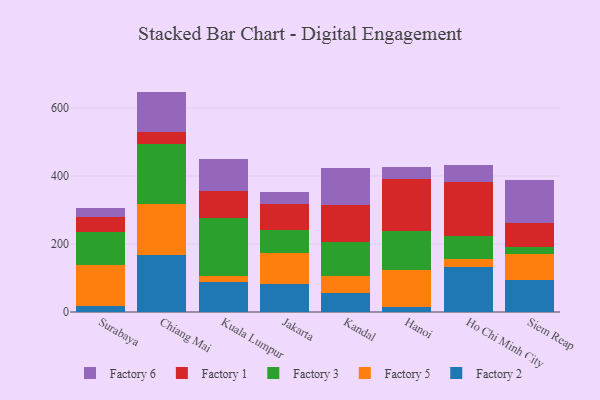
{"axis": {"x": "City", "y": "Headcount"}, "legend": ["Factory 1", "Factory 2", "Factory 3", "Factory 5", "Factory 6"], "data": [{"x": "Surabaya", "y": 18.7, "type": "Factory 2"}, {"x": "Surabaya", "y": 119.1, "type": "Factory 5"}, {"x": "Surabaya", "y": 97.5, "type": "Factory 3"}, {"x": "Surabaya", "y": 44.4, "type": "Factory 1"}, {"x": "Surabaya", "y": 25.1, "type": "Factory 6"}, {"x": "Chiang Mai", "y": 167.1, "type": "Factory 2"}, {"x": "Chiang Mai", "y": 150.6, "type": "Factory 5"}, {"x": "Chiang Mai", "y": 176.4, "type": "Factory 3"}, {"x": "Chiang Mai", "y": 35.9, "type": "Factory 1"}, {"x": "Chiang Mai", "y": 118.1, "type": "Factory 6"}, {"x": "Kuala Lumpur", "y": 89.3, "type": "Factory 2"}, {"x": "Kuala Lumpur", "y": 18.0, "type": "Factory 5"}, {"x": "Kuala Lumpur", "y": 169.7, "type": "Factory 3"}, {"x": "Kuala Lumpur", "y": 79.8, "type": "Factory 1"}, {"x": "Kuala Lumpur", "y": 93.2, "type": "Factory 6"}, {"x": "Jakarta", "y": 81.9, "type": "Factory 2"}, {"x": "Jakarta", "y": 92.1, "type": "Factory 5"}, {"x": "Jakarta", "y": 68.6, "type": "Factory 3"}, {"x": "Jakarta", "y": 76.4, "type": "Factory 1"}, {"x": "Jakarta", "y": 33.1, "type": "Factory 6"}, {"x": "Kandal", "y": 55.9, "type": "Factory 2"}, {"x": "Kandal", "y": 50.4, "type": "Factory 5"}, {"x": "Kandal", "y": 98.1, "type": "Factory 3"}, {"x": "Kandal", "y": 110.0, "type": "Factory 1"}, {"x": "Kandal", "y": 110.2, "type": "Factory 6"}, {"x": "Hanoi", "y": 14.6, "type": "Factory 2"}, {"x": "Hanoi", "y": 108.1, "type": "Factory 5"}, {"x": "Hanoi", "y": 116.3, "type": "Factory 3"}, {"x": "Hanoi", "y": 151.4, "type": "Factory 1"}, {"x": "Hanoi", "y": 35.2, "type": "Factory 6"}, {"x": "Ho Chi Minh City", "y": 132.1, "type": "Factory 2"}, {"x": "Ho Chi Minh City", "y": 24.0, "type": "Factory 5"}, {"x": "Ho Chi Minh City", "y": 68.7, "type": "Factory 3"}, {"x": "Ho Chi Minh City", "y": 157.3, "type": "Factory 1"}, {"x": "Ho Chi Minh City", "y": 48.8, "type": "Factory 6"}, {"x": "Siem Reap", "y": 95.4, "type": "Factory 2"}, {"x": "Siem Reap", "y": 75.1, "type": "Factory 5"}, {"x": "Siem Reap", "y": 20.2, "type": "Factory 3"}, {"x": "Siem Reap", "y": 71.7, "type": "Factory 1"}, {"x": "Siem Reap", "y": 125.7, "type": "Factory 6"}]}